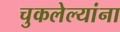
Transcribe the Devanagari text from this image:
चुकलेल्यांना